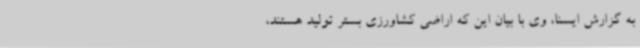
به گزارش ایسنا، وی با بیان این که اراضی کشاورزی بستر تولید هستند،